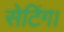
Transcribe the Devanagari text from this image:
सेटिंग।